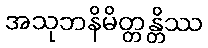
အသုဘနိမိတ္တန္တိဿ